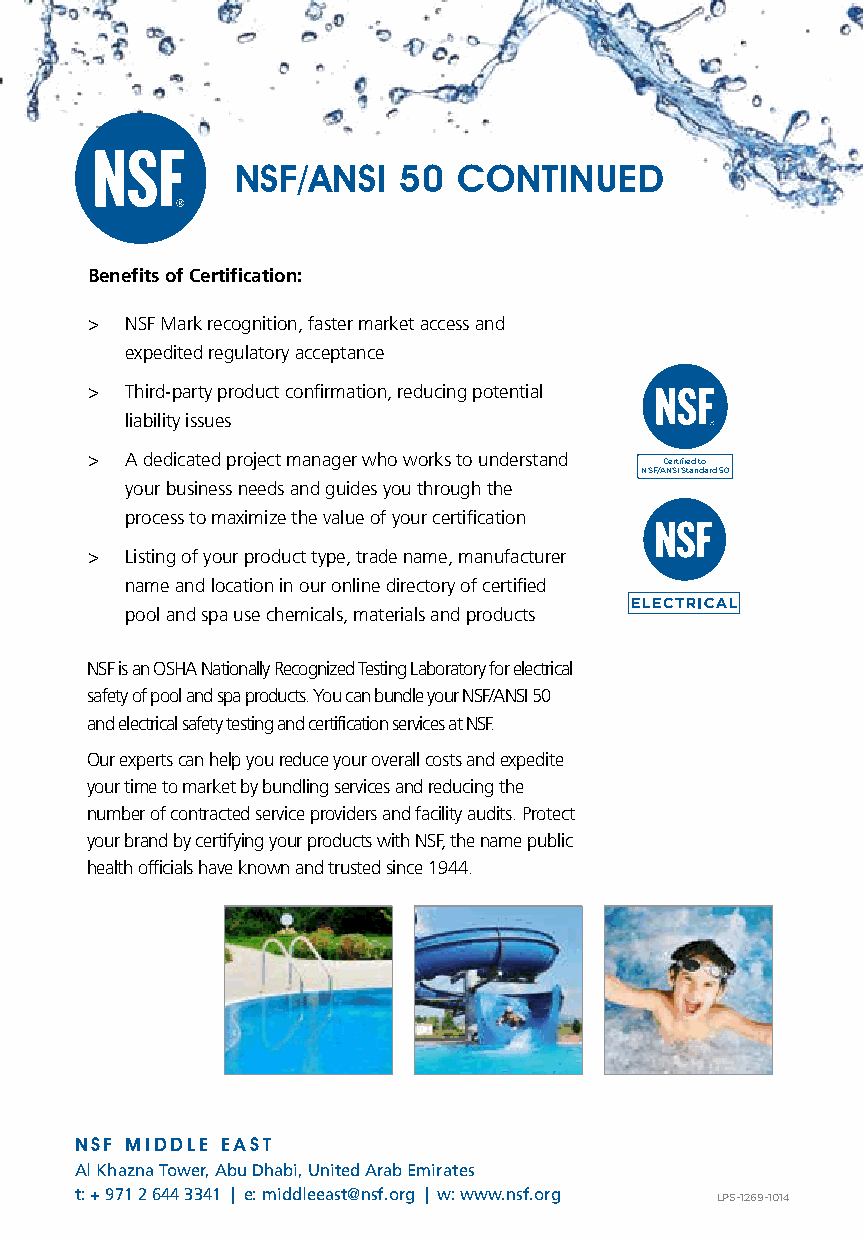
NSF/ANSI  50  CONTINUED
 Benefits of Certification:
 > NSF Mark recognition, faster market access and
 expedited regulatory acceptance
 > Third-party product confirmation, reducing potential
 liability issues
 > A dedicated project manager who works to understand Certified to
 NSF/ANSI Standard 50
 your business needs and guides you through the
 process to maximize the value of your certification
 > Listing of your product type, trade name, manufacturer
 name and location in our online directory of certified
 pool and spa use chemicals, materials and products
 NSF is an OSHA Nationally Recognized Testing Laboratory for electrical
 safety of pool and spa products. You can bundle your NSF/ANSI 50
 and electrical safety testing and certification services at NSF.
 Our experts can help you reduce your overall costs and expedite
 your time to market by bundling services and reducing the
 number of contracted service providers and facility audits. Protect
 your brand by certifying your products with NSF, the name public
 health officials have known and trusted since 1944.
 NSF MIDDLE EAST
 Al Khazna Tower, Abu Dhabi, United Arab Emirates
 t: + 971 2 644 3341 | e: middleeast@nsf.org | w: www.nsf.org LPS-1269-1014